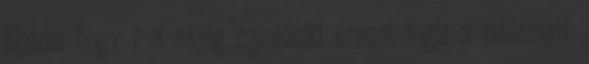
biztos, hogy 2-3 napig mindenki érezni fogja a lábizmait.